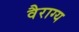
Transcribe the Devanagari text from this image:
वैराग्‍य